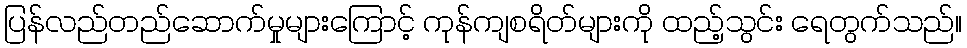
ပြန်လည်တည်ဆောက်မှုများကြောင့် ကုန်ကျစရိတ်များကို ထည့်သွင်း ရေတွက်သည်။